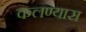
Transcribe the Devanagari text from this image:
कलण्यास